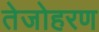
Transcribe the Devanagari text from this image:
तेजोहरण